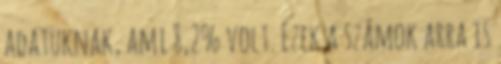
adatuknak, ami 8,2% volt. Ezek a számok arra is